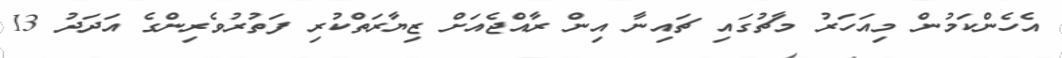
އެހެންކަމުން މިއަހަރު މާޗުގައި ޗައިނާ އިން ރާއްޖެއަށް ޒިޔާރަތްކުރި ފަތުރުވެރިންގެ އަދަދު 13